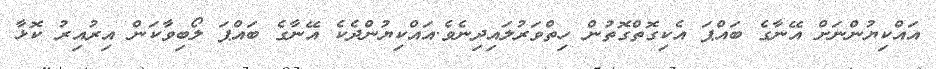
އައްކިޔުންނަށް އޭނާގެ ބައްޕަ އެކިގޮތްގޮތުން ހިތްވަރުލައިދިނެވެ.އައްކިޔުންދެކެ އޭނާގެ ބައްޕަ ލޯބިވާކަން އިރުއިރު ކޮޅާ